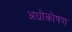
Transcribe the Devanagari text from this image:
अधोकोषण